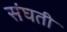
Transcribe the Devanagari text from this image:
संघती